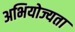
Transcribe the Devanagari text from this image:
अभियोज्यता